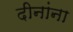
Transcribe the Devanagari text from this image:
दीनांना